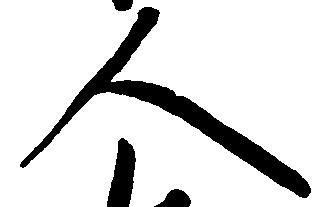
人